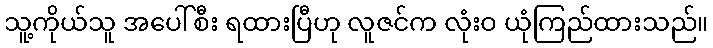
သူ့ကိုယ်သူ အပေါ်စီး ရထားပြီဟု လူဇင်က လုံးဝ ယုံကြည်ထားသည်။